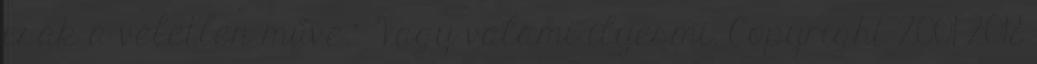
csak a véletlen műve.” Vagy valami ilyesmi. Copyright 2001-2018